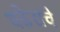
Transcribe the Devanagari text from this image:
वढेराचे